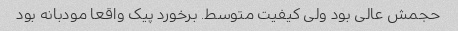
حجمش عالی بود ولی کیفیت متوسط. برخورد پیک واقعا مودبانه بود